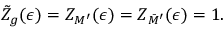
\tilde { Z } _ { g } ( \epsilon ) = Z _ { M ^ { \prime } } ( \epsilon ) = Z _ { \bar { M } ^ { \prime } } ( \epsilon ) = 1 .